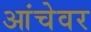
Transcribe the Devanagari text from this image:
आंचेवर